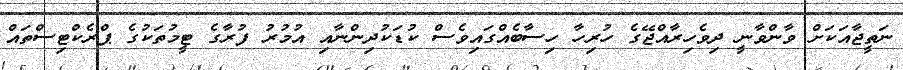
ނަތީޖާއަކަށް ވާންވާނީ ދިވެހިރާއްޖޭގެ ހުރިހާ ހިސާބެއްގައިވެސް ކުޑަކުދިންނާއި އުމުރު ފުރާގެ ޓީމުތަކުގެ ޕްރެކްޓިސްތައް